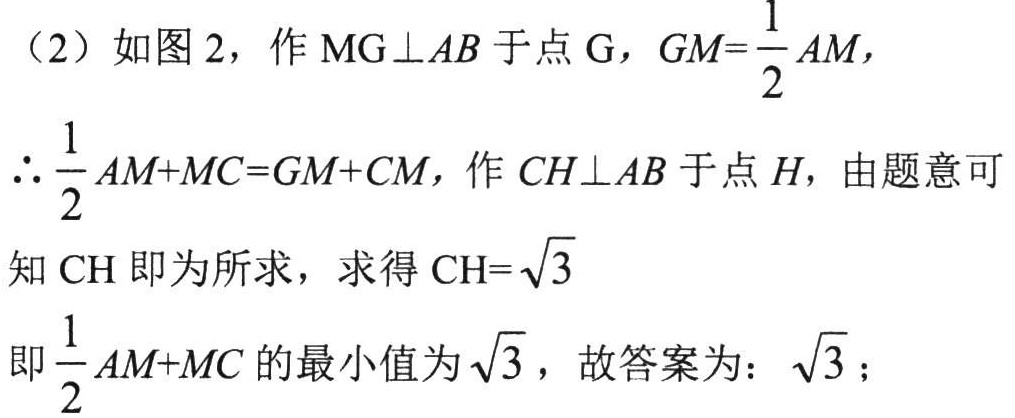
（2）如图 2，作 \(MG\perp AB\) 于点 \(G\)，\(GM = \frac{1}{2}AM\)，
\(\therefore\frac{1}{2}AM + MC = GM + CM\)，作 \(CH\perp AB\) 于点 \(H\)，由题意可
知 \(CH\) 即为所求，求得 \(CH = \sqrt{3}\)
即 \(\frac{1}{2}AM + MC\) 的最小值为 \(\sqrt{3}\)，故答案为：\(\sqrt{3}\)；